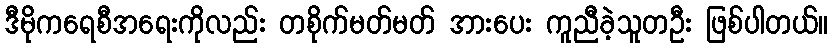
ဒီမိုကရေစီအရေးကိုလည်း တစိုက်မတ်မတ် အားပေး ကူညီခဲ့သူတဦး ဖြစ်ပါတယ်။